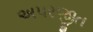
અપરજીત